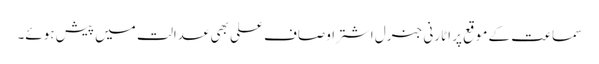
سماعت کے موقع پر اٹارنی جنرل اشتر اوصاف علی بھی عدالت میں پیش ہوئے۔